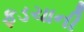
ફડચાની